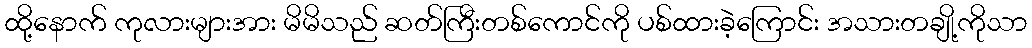
ထို့နောက် ကုလားများအား မိမိသည် ဆတ်ကြီးတစ်ကောင်ကို ပစ်ထားခဲ့ကြောင်း အသားတချို့ကိုသာ